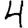
Digit: 4